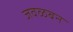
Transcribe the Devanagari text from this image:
जवळबन